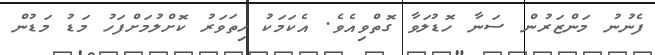
ފެނުނު މަންޒަރުން ސަނާ ހޮޑުލަވާ ގޮތްވިއެވެ. އެކަމަކު ހިތަވަރު ކޮށްލުމަށްފަހު މަޑު މަޑުން